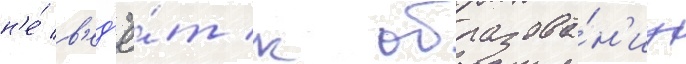
н'е́ в'ед'ё́т к образова́н'иу